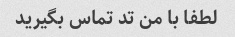
لطفا با من تد تماس بگیرید